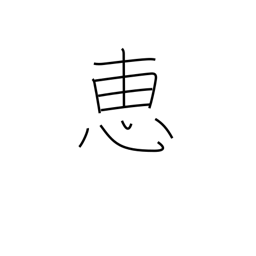
Meaning: favor